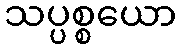
သပ္ပစ္စယော